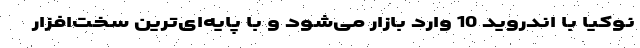
نوکیا با اندروید 10 وارد بازار می‌شود و با پایه‌ای‌ترین سخت‌افزار